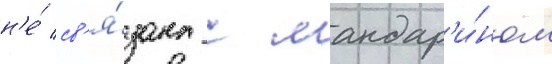
н'е́ св'я́зана с мандар'и́ном